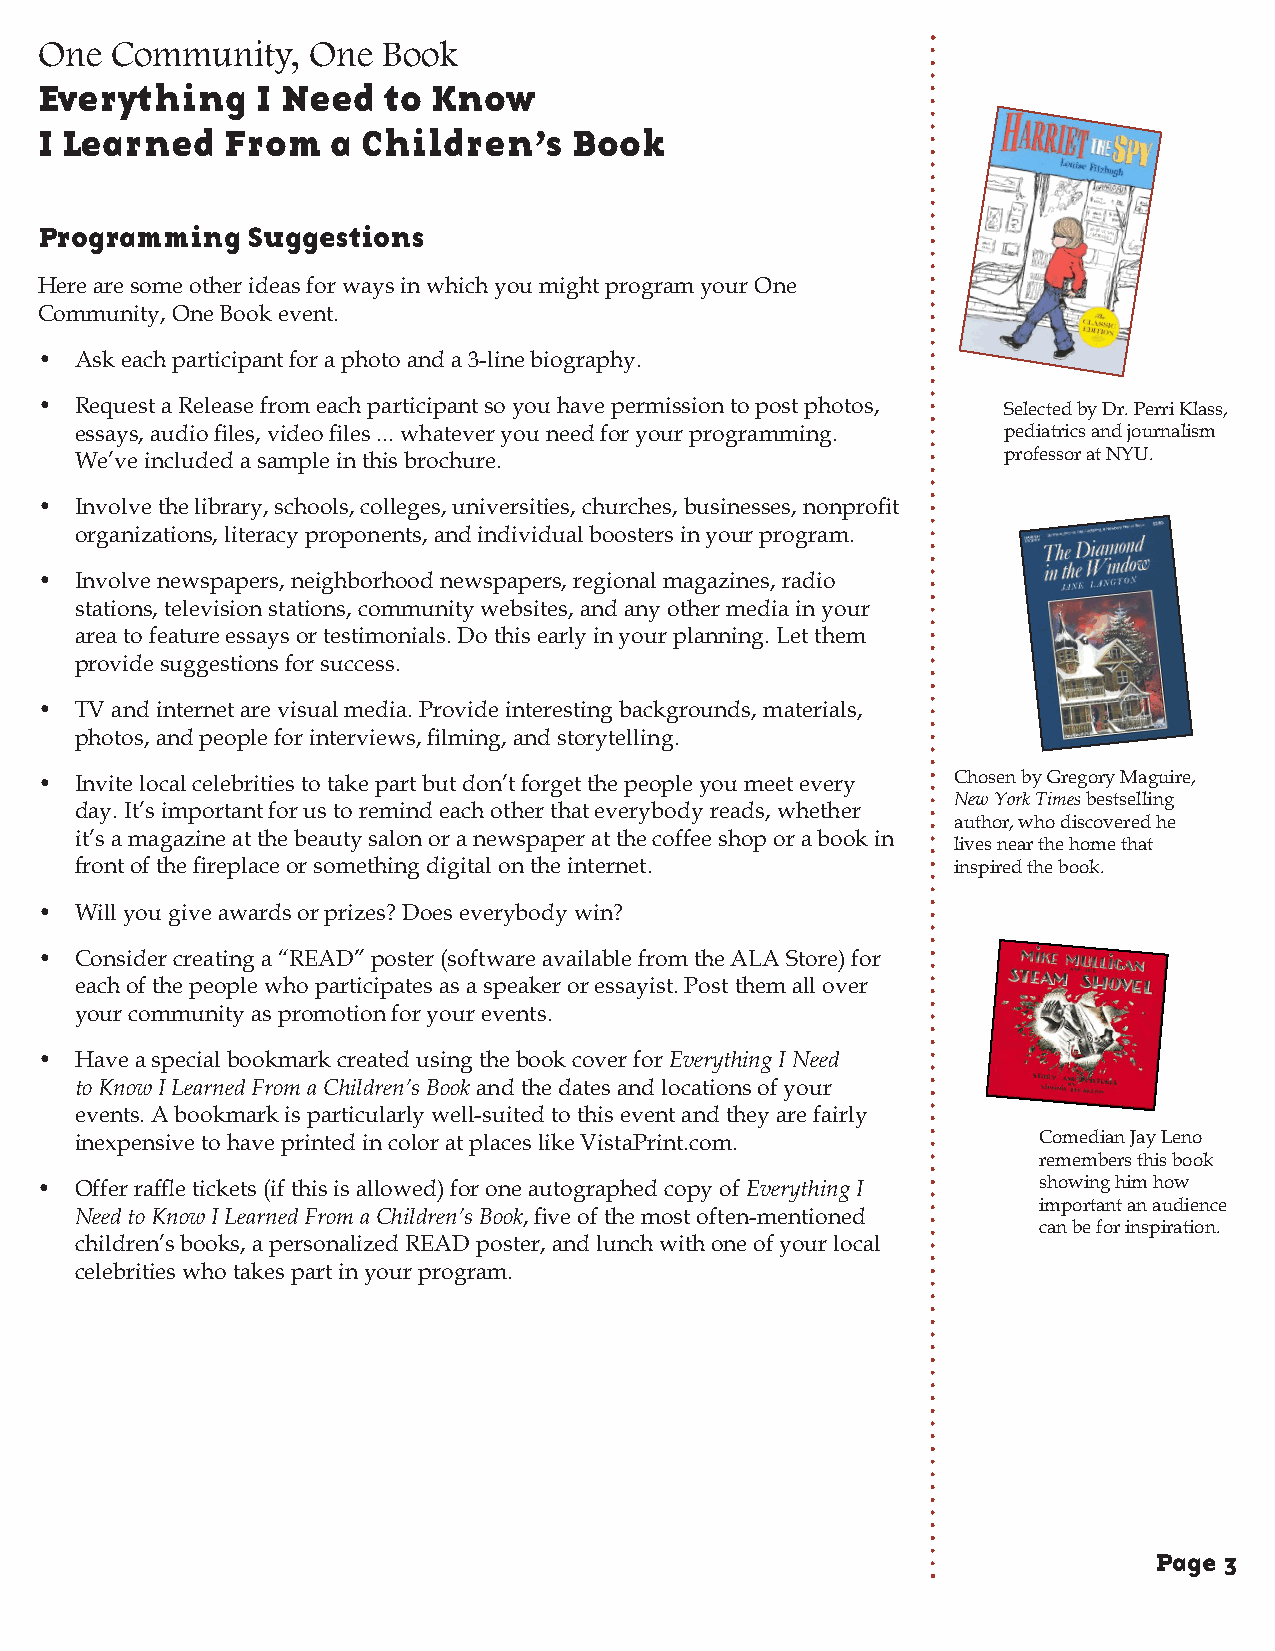
One  Community,   One  Book
 Everything     I Need  to  Know
 I Learned    From   a Children’s    Book
 Programming   Suggestions
 Here are some other ideas for ways in which you might program your One
 Community, One Book event.
 •  Ask each participant for a photo and a 3-line biography.
 •  Request a Release from each participant so you have permission to post photos, Selected by Dr. Perri Klass,
 essays, audio files, video files ... whatever you need for your programming. pediatrics and journalism
 We’ve included a sample in this brochure.                    professor at NYU.
 •  Involve the library, schools, colleges, universities, churches, businesses, nonprofit
 organizations, literacy proponents, and individual boosters in your program.
 •  Involve newspapers, neighborhood newspapers, regional magazines, radio
 stations, television stations, community websites, and any other media in your
 area to feature essays or testimonials. Do this early in your planning. Let them
 provide suggestions for success.
 •  TV and internet are visual media. Provide interesting backgrounds, materials,
 photos, and people for interviews, filming, and storytelling.
 •  Invite local celebrities to take part but don’t forget the people you meet every Chosen by Gregory Maguire,
 New York Times bestselling
 day. It’s important for us to remind each other that everybody reads, whether
 author, who discovered he
 it’s a magazine at the beauty salon or a newspaper at the coffee shop or a book in
 lives near the home that
 front of the fireplace or something digital on the internet. inspired the book.
 •  Will you give awards or prizes? Does everybody win?
 •  Consider creating a “READ” poster (software available from the ALA Store) for
 each of the people who participates as a speaker or essayist. Post them all over
 your community as promotion for your events.
 •  Have a special bookmark created using the book cover for Everything I Need
 to Know I Learned From a Children’s Book and the dates and locations of your
 events. A bookmark is particularly well-suited to this event and they are fairly
 inexpensive to have printed in color at places like VistaPrint.com. Comedian Jay Leno
 remembers this book
 •  Offer raffle tickets (if this is allowed) for one autographed copy of Everything I showing him how
 important an audience
 Need to Know I Learned From a Children’s Book, five of the most often-mentioned
 can be for inspiration.
 children’s books, a personalized READ poster, and lunch with one of your local
 celebrities who takes part in your program.
 Page 3